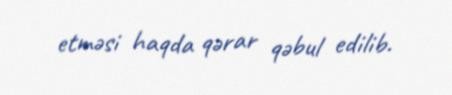
etməsi haqda qərar qəbul edilib.